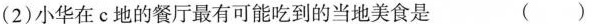
(2)小华在 c 地的餐厅最有可能吃到的当地美食是（）